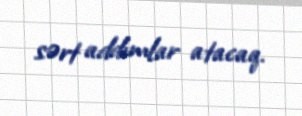
sərt addımlar atacaq.